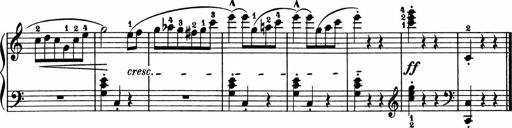
Title: 2 Sonatinen
Composer: Lambertus Adrianus van Tetterode